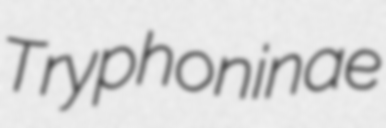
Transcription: Tryphoninae